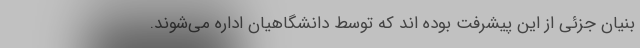
بنیان جزئی از این پیشرفت بوده اند که توسط دانشگاهیان اداره می‌شوند.